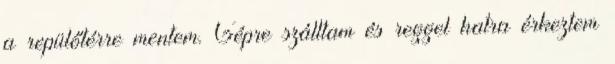
a repülőtérre mentem. Gépre szálltam és reggel hatra érkeztem